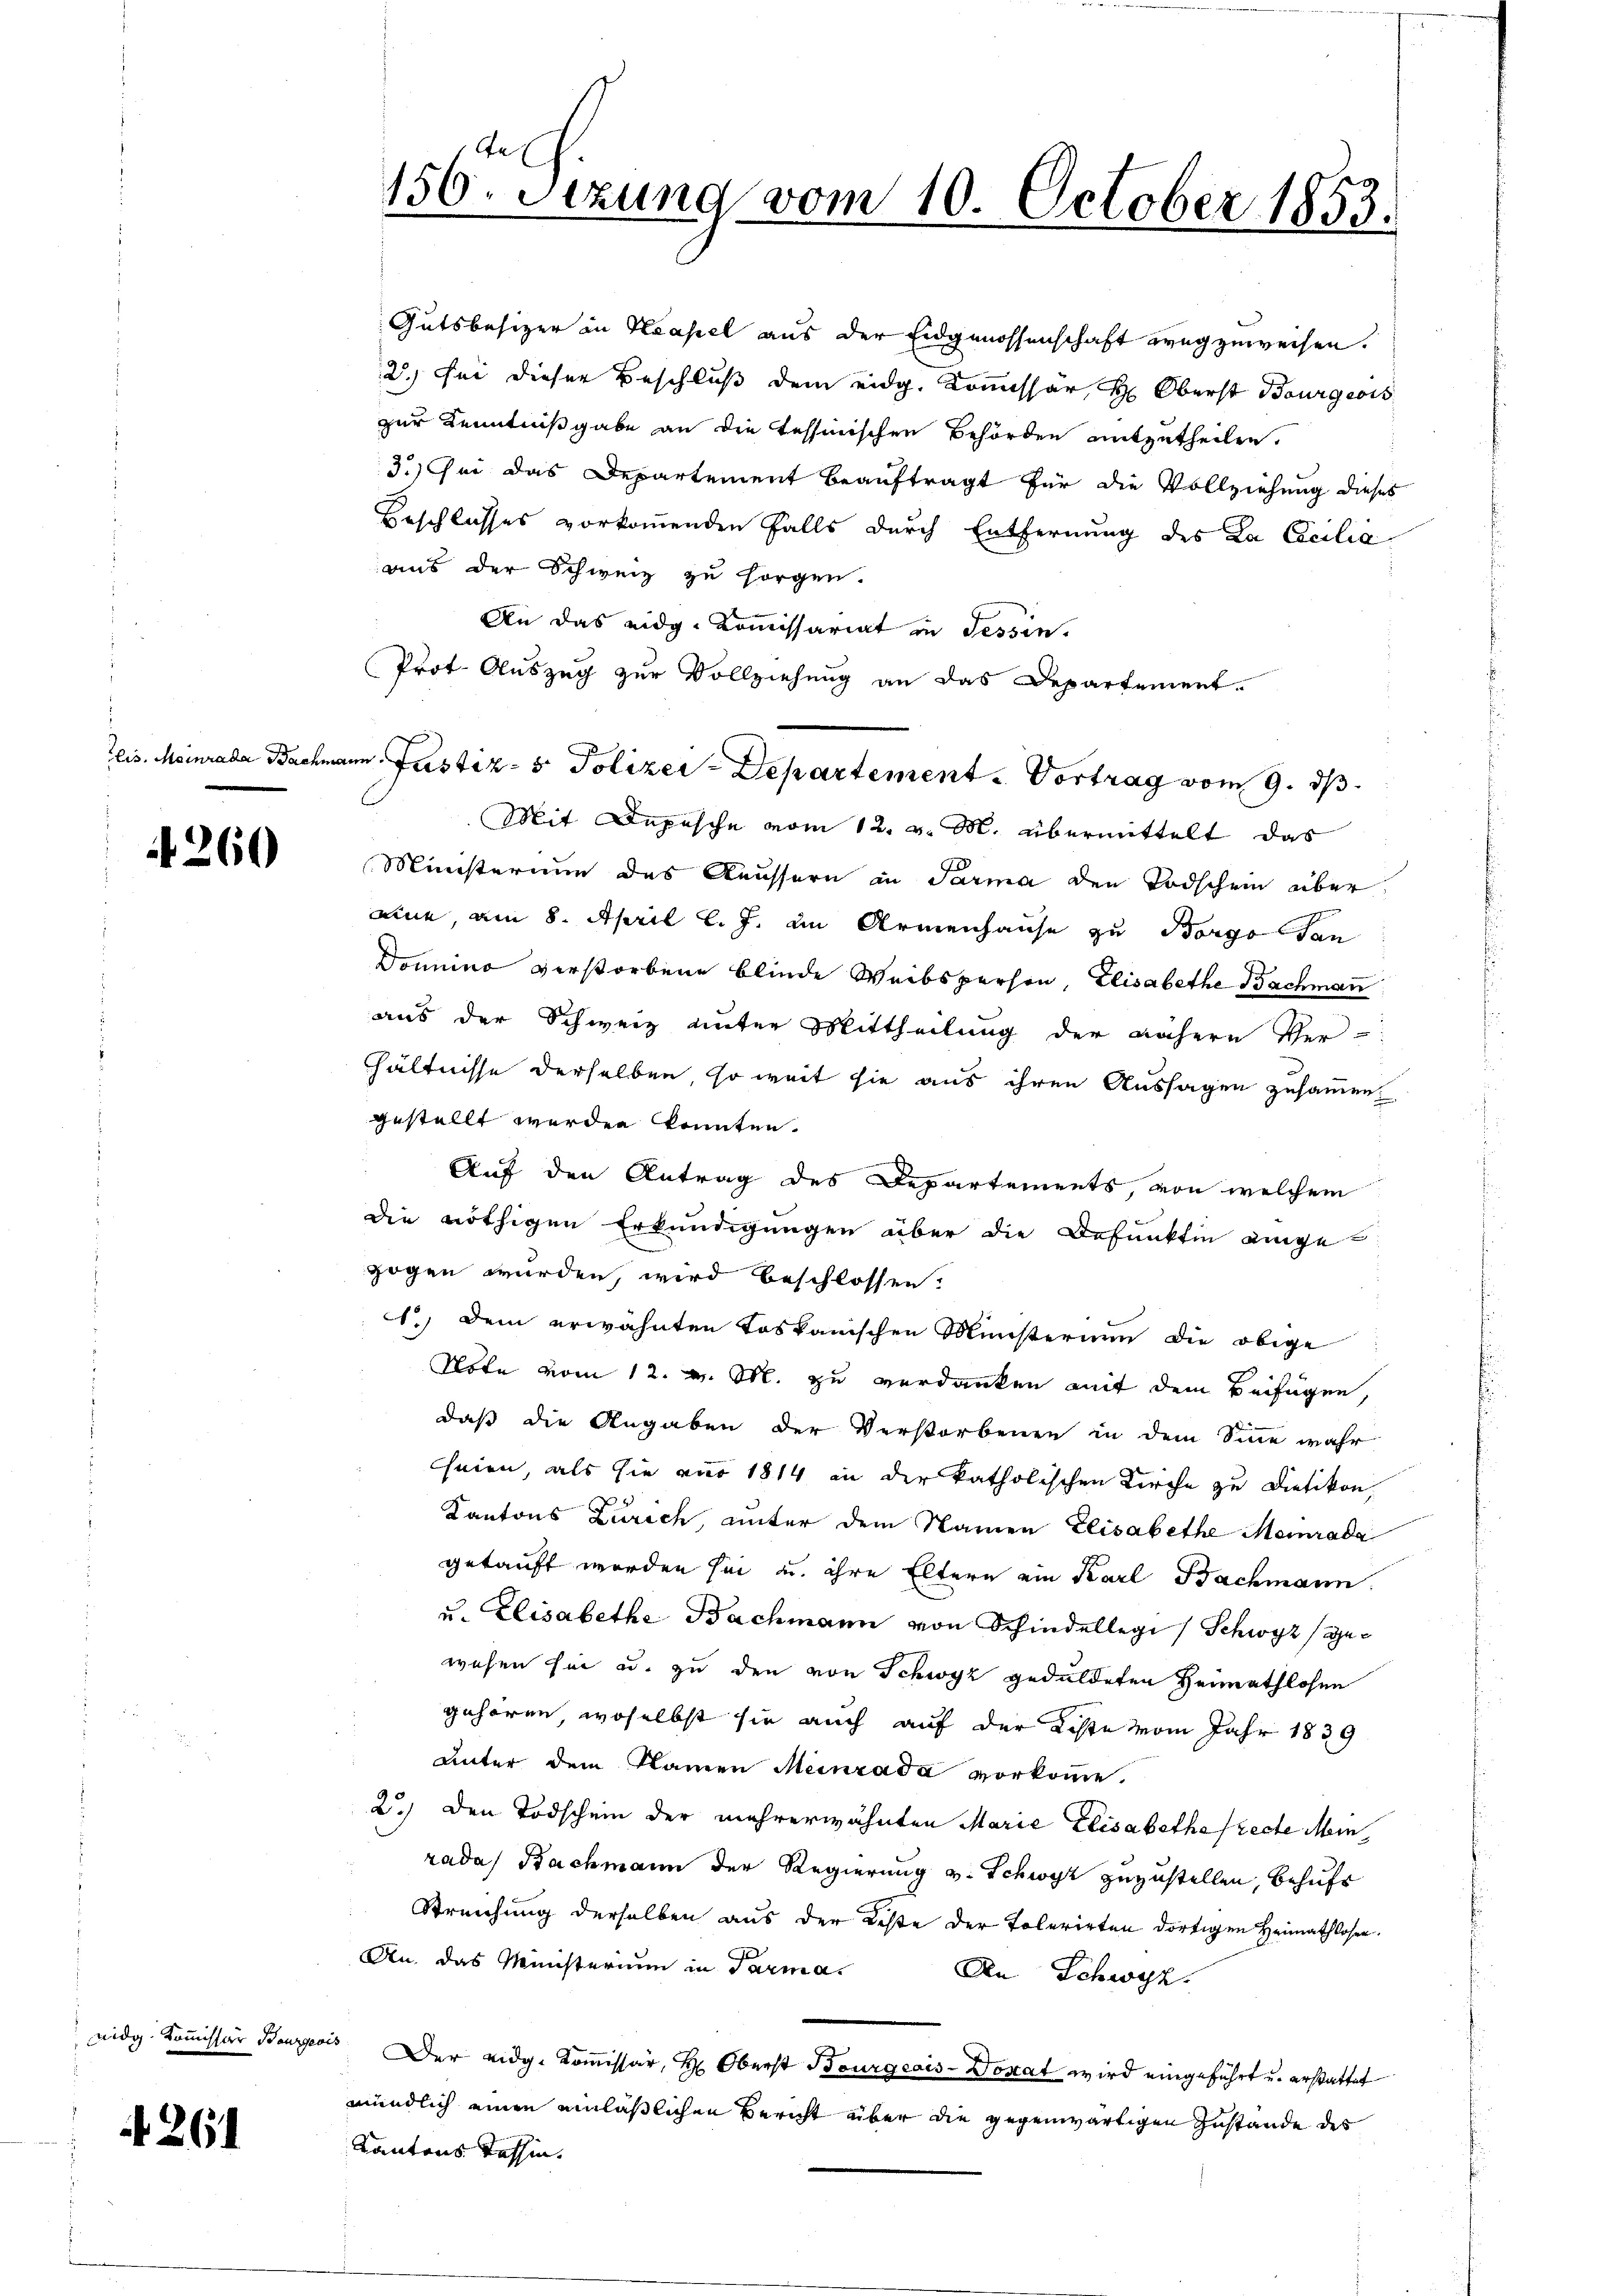
260

eidg. Kommissar Bourger

261

2.) Sei dieser Beschluß dem eidg. Kommissär H: Oberst Bourgeois
zur Kenntnißgabe an die Tessinischen Behörden mitzutheilen.
3.) Sei das Departement beauftragt für die Vollziehung dieses
Beschlusses vorkommenden Falls durch Entfernung des Ka Cocilia
aus der Schweiz zu sorgen.
An das eidg. Kommissariat in Tessin.
Prot. Auszug zur Vollziehung an das Departement.
Mit Depesche vom 12. v. M. übermittelt das
Ministerium des Aeussern in Parma den Todschein über
eine, am 8. April l. J. in Armenhause zu Borgesan
Domino verstorbene blinde Weibsperson, Elisabethe Bachman
aus der Schweiz unter Mittheilung der nähern Ver-
hhältnisse derselben, so weit sie aus ihren Aussagen zusammen.
gestellt werden konnten.
Auf den Antrag des Departements, von welchem
die nöthigen Erkundigungen über die Befunkten ange
zogen wurden, wird beschlossen:
c.) Dem erwähnten toskanischen Ministerium die obige
Note vom 12. v. M. zu verdanken mit dem Beifügen,
daß die Angaben der Verstorbenen in dem Sinne wahr
seien, als sie nur 1814 in der katholischen Kirche zu Dietikon,
Kantons Zürich, unter dem Namen Elisabethe Meinrada
getauft worden sei u. ihre Eltern ein Karl Bachmann.
u. Elisabethe Bachmann von Schindellegi / Schwyz (gewesen sei u. zu den von Schwyz geduldeten Heimathlosen
gehören, woselbst sie auch auf der Liste vom Jahr 1839
unter dem Namen Meinrada vorkomme.
2.) Den Todschein der mehrerwähnten Marie Elisabethaffecte Mein
radas Bachmann der Regierung v. Schwyz zuzustellen, behufs
Streichung derselben aus der Reste der Tolerirten dortigen Heimathlosen.
An. das Ministerium in Parma¬
An Schwyz.
ais
Der eidg. Kommissär H: Oberst Bourgeais-Donat wird eingeführt u. erstattet
mündlich einen einläßlichen Bericht über die gegenwärtigen Zustande des
Kantons Tessin.

150. Setzung vom 10. October 1853.

Gutsbesizer in Neapel aus der Eidgenossenschaft wegzuweisen.

eis. Meinrada Bachmann Justiz- & Polizer-Departement. Vortrag vom 9. ds.